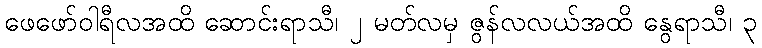
ဖေဖော်ဝါရီလအထိ ဆောင်းရာသီ၊ ၂ မတ်လမှ ဇွန်လလယ်အထိ နွေရာသီ၊ ၃